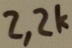
Text: 2,2K